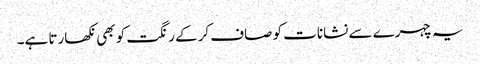
یہ چہرے سے نشانات کو صاف کرکے رنگت کو بھی نکھارتا ہے۔